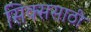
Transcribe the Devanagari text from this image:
सिक्ससाठी